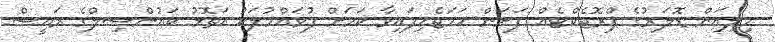
މިލިއަން ޑޮލަރުގެ ޕްރޮޖެކްޓެއް ފަށަން ހަމަޖެހިފައިވާ ކަމަށް ފުވައްމުލަކު އަތޮޅު ކައުންސިލްގެ ރައީސް